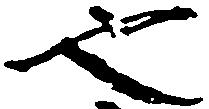
也